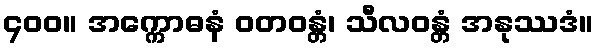
၄၀၀။ အက္ကောဓနံ ဝတဝန္တံ၊ သီလဝန္တံ အနုဿဒံ။